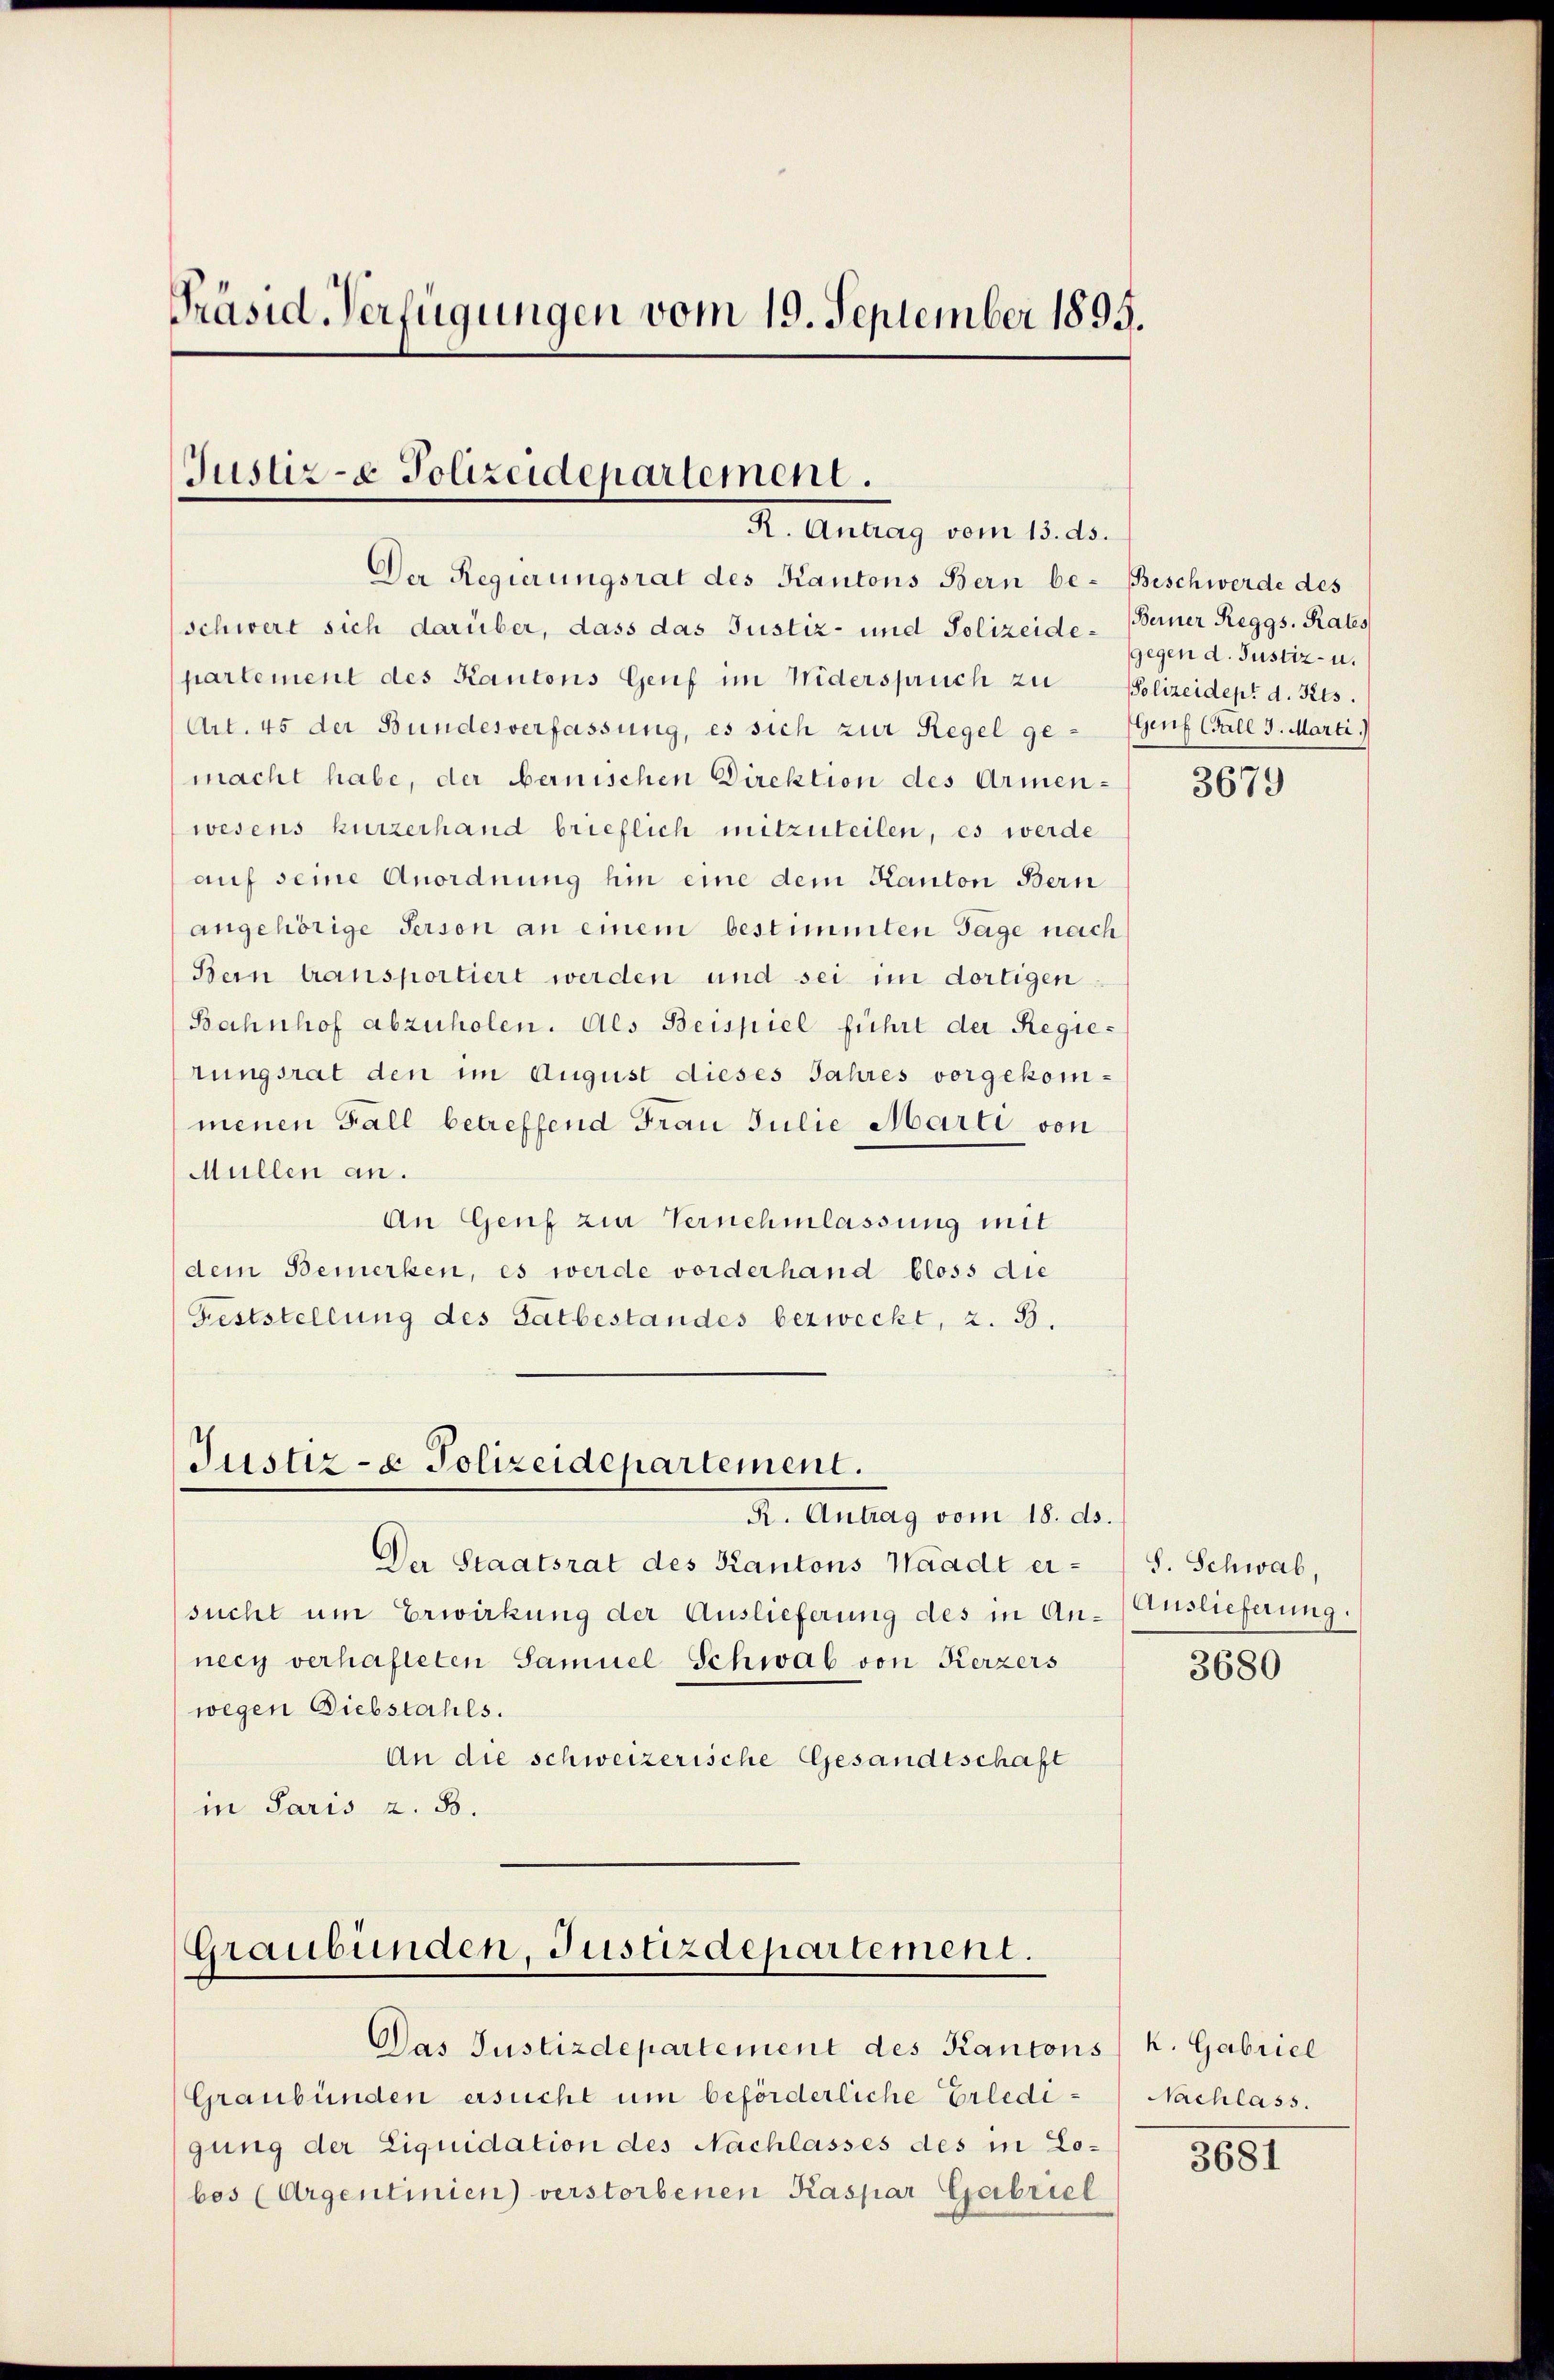
Präsid. Verfügungen vom 19. September 1895.

Justiz- & Polizeidepartement.
I. Antrag vom 15. d.

Der Regierungsrat des Kantons Bern be- Beschwerde des
schwert sich darüber, dass das Justiz- und Polizeide-Berner Reggs. Rates
partement des Kantons Genf im Widerspruch zu Polizeidept d. Kts.
Art. 45 der Bundesverfassung, es sich zur Regel ge- Genf Gull 3. Marti.)
macht habe, der bernischen Direktion des Armen-
wesens kurzerhand brieflich mitzuteilen, es werde
auf seine Anordnung hin eine dem Kanton Bern
angehörige Person an einem bestimmten Tage nach
Bern transportiert werden und sei im dortigen
Bahnhof abzuholen. Als Beispiel führt der Regierungsrat den im August dieses Jahres vorgekommenen Fall betreffend Frau Julie Marti von
Müllen an.
An Genf zur Vernehmlassung mit
dem Bemerken, es werde vorderhand bloss die
Feststellung des Tatbestandes bezweckt, z. B.

Justiz- & Polizeidepartement.
R. Antrag vom 18. ds.

Der Staatsrat des Kantons Waadt eisucht um Erwirkung der Auslieferung des in Annecy verhafteten Samuel Schwab von Kerzers
wegen Diebstahls.
An die schweizerische Gesandtschaft
in Paris z. B.

Graubünden, Justizdepartement.

Das Justizdepartement des Kantons k. Gabriel
Graubünden ersucht um beförderliche Erledigung der Liquidation des Nachlasses des in Lobes (Argentinien) verstorbenen Kaspar Gabriel

gegen d. Justiz- u.

3679

S. Schwab,
Auslieferung.

3680

Nachlass.

3681